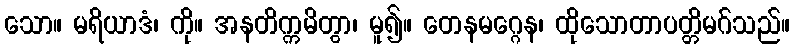
သော။ မရိယာဒံ၊ ကို။ အနတိက္ကမိတွာ၊ မူ၍။ တေနမဂ္ဂေန၊ ထိုသောတာပတ္တိမဂ်သည်။